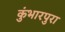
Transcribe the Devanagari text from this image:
कुंभारपुरा